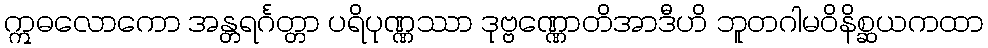
ဣဓလောကော အန္တရင်္ဂတ္တာ ပရိပုဏ္ဏဿာ ဒုဗ္ဗဏ္ဏောတိအာဒီဟိ ဘူတဂါမဝိနိစ္ဆယကထာ